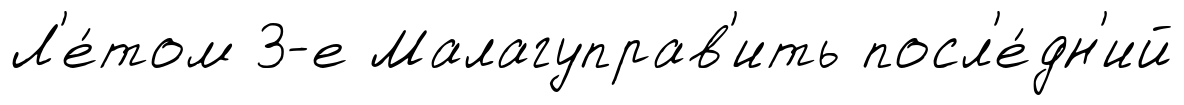
Л'е́том 3-е Малагуправ'ить посл'е́дн'ий